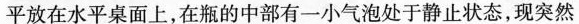
平放在水平桌面上，在瓶的中部有一小气泡处于静止状态，现突然